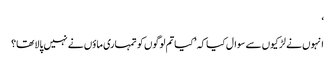
‘
انہوں نے لڑکیوں سے سوال کیا کہ ’کیا تم لوگوں کو تمہاری ماؤں نے نہیں پالا تھا؟